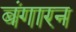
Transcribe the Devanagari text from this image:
बंगारन